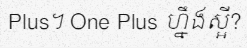
Plus។ One Plus ហ្នឹងស្អី?